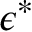
\epsilon ^ { * }